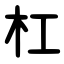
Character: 杠